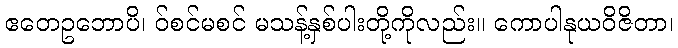
ဧတေဥဘောပိ၊ ဝ်စင်မစင် မသန့်နှစ်ပါးတို့ကိုလည်း။ ကောပါနုယဝိဇိတာ၊